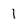
Character: 1